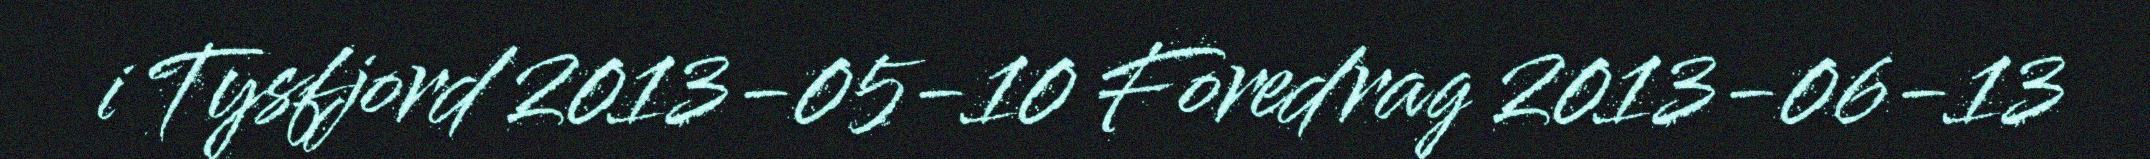
i Tysfjord 2013-05-10 Foredrag 2013-06-13